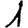
Digit: 1